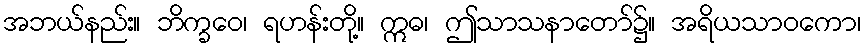
အဘယ်နည်း။ ဘိက္ခဝေ၊ ရဟန်းတို့။ ဣဓ၊ ဤသာသနာတော်၌။ အရိယသာဝကော၊